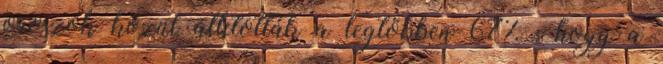
oroszok közül állították a legtöbben 67% , hogy a